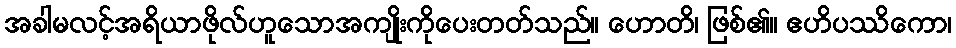
အခါမလင့်အရိယာဖိုလ်ဟူသောအကျိုးကိုပေးတတ်သည်။ ဟောတိ၊ ဖြစ်၏။ ဧဟိပဿိကော၊